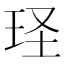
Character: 𮴎